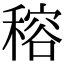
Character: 穃